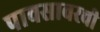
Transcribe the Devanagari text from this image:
पावसावरची